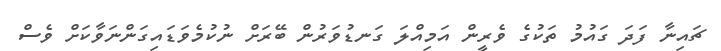
ޗައިނާ ފަދަ ގައުމު ތަކުގެ ވެރީން އަމިއްލަ ގަނޑުވަރުން ބޭރަށް ނުކުމެވަޑައިގަންނަވާކަށް ވެސް